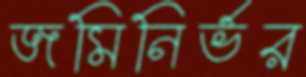
জমিনির্ভর